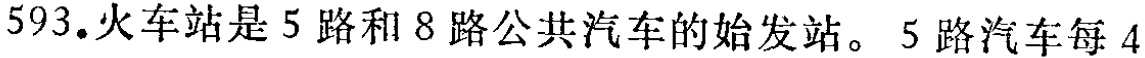
593.火车站是5路和8路公共汽车的始发站。5路汽车每4